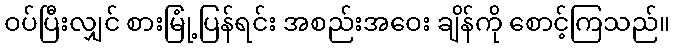
ဝပ်ပြီးလျှင် စားမြုံ့ပြန်ရင်း အစည်းအဝေး ချိန်ကို စောင့်ကြသည်။